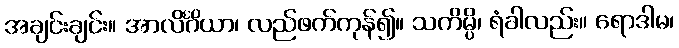
အချင်းချင်း။ အာလိင်္ဂိယာ၊ လည်ဖက်ကုန်၍။ သကိမ္ပိ၊ ရံခါလည်း။ ရောဒါမ၊